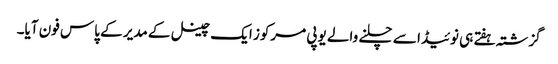
گزشتہ ہفتے ہی نوئیڈا سے چلنے والے یوپی مرکوز ایک چینل کے مدیر کے پاس فون آیا۔